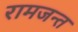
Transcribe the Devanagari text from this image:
रामजन्त